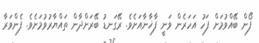
ފޯން ބޭއްވުމަށް ފަހު އަހަރެން ވަނީ ފާޚާނާއަށެވެ. ރޭގަނޑު ބޭރަށްދާން ތައްޔާރުވުމަށެވެ. ފެންވަރާ